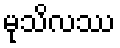
မုသိလဿ